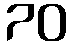
70